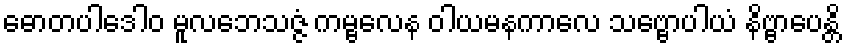
ဓောတပါဒေါဝ မူလဘေသဇ္ဇံ ကမ္ဗလေန ဝါယမနကာလေ သဗ္ဗောပါယံ နိဗ္ဗာပေန္တိ